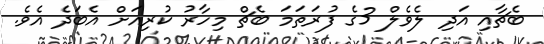
ބެޗާއި އަދި ލެވެލް 3ގެ ފުރަތަމަ ބެޗް މިހާރު ކުރިއަށް އެބަދެ އެވެ.